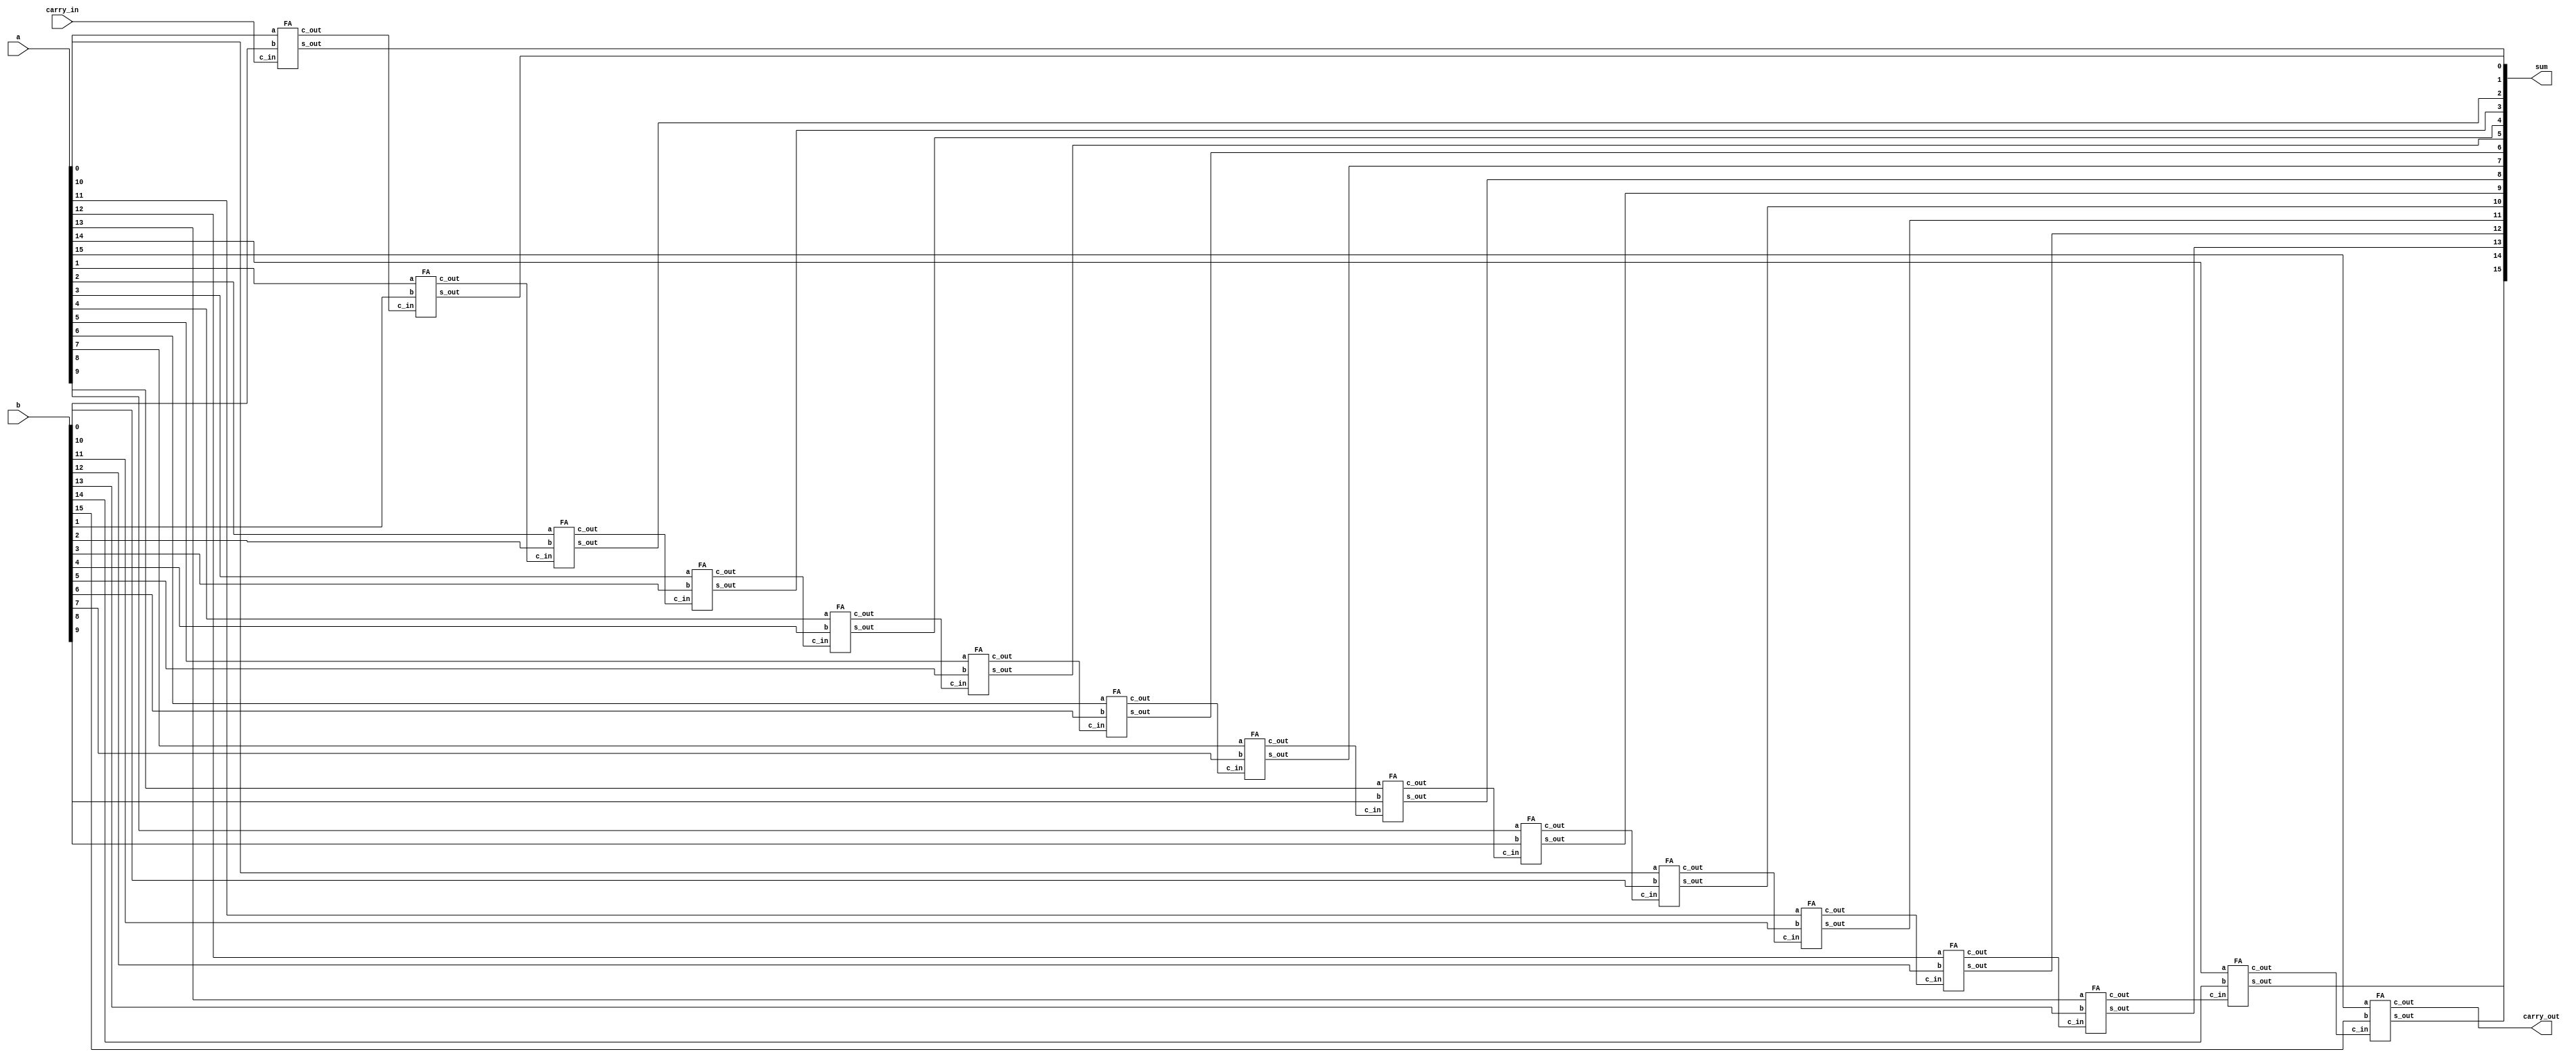
`timescale 1ns / 1ps
//////////////////////////////////////////////////////////////////////////////////
// Company: 
// Engineer: 
// 
// Design Name: 
// Module Name: Adder
// Project Name: 
// Target Devices: 
// Tool Versions: 
// Description: 
// 
// Dependencies: 
// 
// Revision:
// Revision 0.01 - File Created
// Additional Comments:
// 
//////////////////////////////////////////////////////////////////////////////////


module Adder(
input [15:0] a,
input [15:0] b,
input carry_in,
output [15:0] sum,
output carry_out
);
wire [15:0] carry;
genvar i;
generate
for(i=0;i<16;i=i+1)
begin: adder_block
if(i==0)
begin
FA A(.a(a[i]), .b(b[i]), .c_in(carry_in), .s_out(sum[i]), .c_out(carry[i]));
end

else
begin
FA B(.a(a[i]), .b(b[i]), .c_in(carry[i-1]), .s_out(sum[i]), .c_out(carry[i]));
end
end
endgenerate

assign carry_out = carry[15];
endmodule

module HA(
input a,b,
output sum,carry
);
xor x1(sum, a, b);
and a1(carry, a, b);
endmodule

module FA(
input a,b,c_in,
output s_out,c_out
);
wire w1,c_0,c_1;
HA H1(.a(a), .b(b), .sum(w1), .carry(c_0));
HA H2(.a(w1), .b(c_in), .sum(s_out), .carry(c_1));
or o1(c_out, c_0, c_1);
endmodule